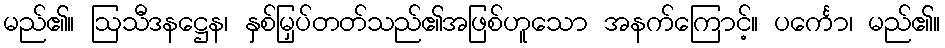
မည်၏။ ဩသီဒနဋ္ဌေန၊ နှစ်မြှပ်တတ်သည်၏အဖြစ်ဟူသော အနက်ကြောင့်။ ပင်္ကော၊ မည်၏။